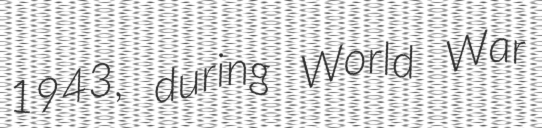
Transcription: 1943, during World War